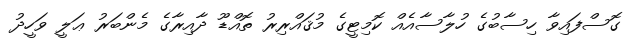
ގޮސްފައިވާ ހިސާބުގެ ހުލާސާއެއް ކޮމިޓީގެ މުޤައްރިރު ތޮއްޑޫ ދާއިރާގެ މެންބަރު ޢަލީ ވަހީދު